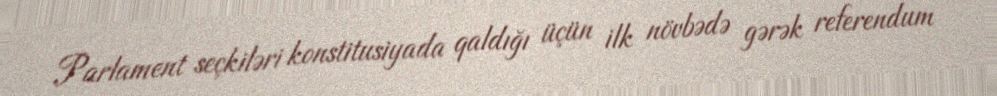
Parlament seçkiləri konstitusiyada qaldığı üçün ilk növbədə gərək referendum